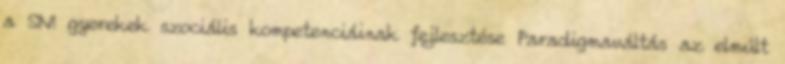
a SNI gyerekek szociális kompetenciáinak fejlesztése Paradigmaváltás az elmúlt